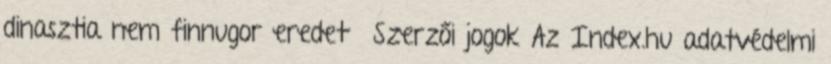
dinasztia nem finnugor eredetű Szerzői jogok Az Index.hu adatvédelmi